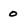
Character: 0